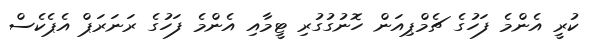
ކުރީ އެންމެ ފަހުގެ ޗެމްޕިއަން ހޮނުގުގުރި ޓީމާއި އެންމެ ފަހުގެ ރަނަރަޕް އެޕެކެސް